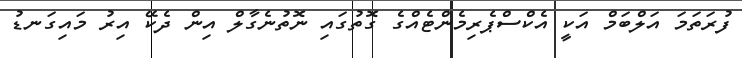
ފުރަތަމަ އަލްބަމް އަކީ އެކްސްޕެރިމެންޓެއްގެ ގޮތުގައި ނޮތުނެގާލް އިން ދެކޭ އިރު މައިގަނޑު